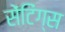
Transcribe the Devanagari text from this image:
सेंटिंग्स